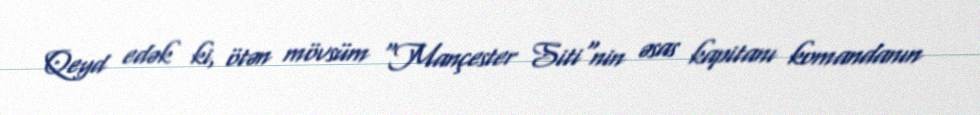
Qeyd edək ki, ötən mövsüm "Mançester Siti"nin əsas kapitanı komandanın